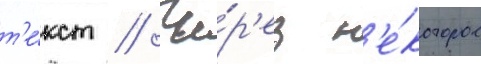
т'е́кст // Че́р'ез н'е́которое